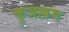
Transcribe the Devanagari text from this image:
कुत्रल्लम